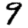
Digit: 9